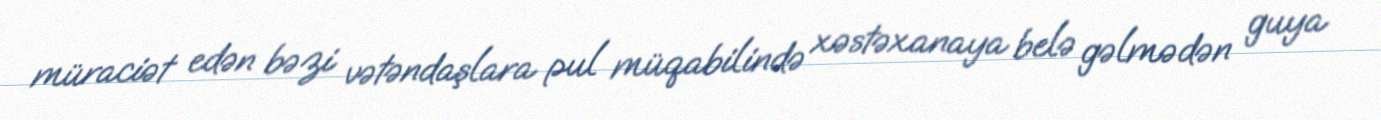
müraciət edən bəzi vətəndaşlara pul müqabilində xəstəxanaya belə gəlmədən guya